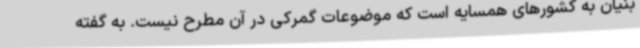
بنیان به کشورهای همسایه است که موضوعات گمرکی در آن مطرح نیست. به گفته